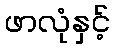
ဖာလုံနှင့်